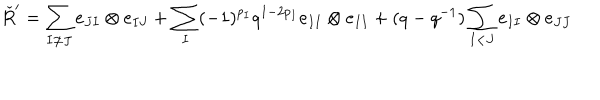
\check { R } ^ { \prime } = \sum _ { I \neq J } e _ { J I } \otimes e _ { I J } + \sum _ { I } ( - 1 ) ^ { p _ { I } } q ^ { 1 - 2 p _ { I } } e _ { I I } \otimes e _ { I I } + ( q - q ^ { - 1 } ) \sum _ { I < J } e _ { I I } \otimes e _ { J J }